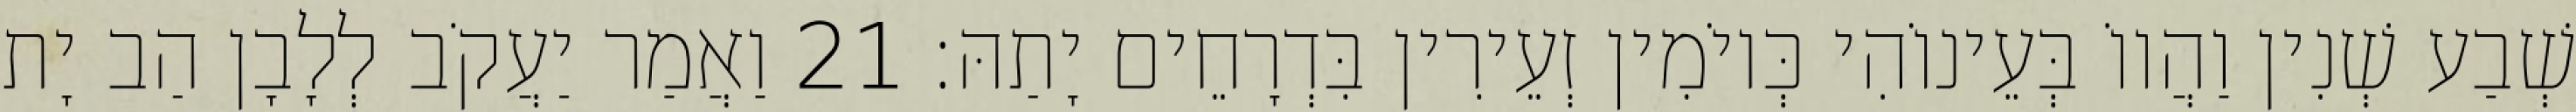
שְׁבַע שְׁנִין וַהֲווֹ בְּעֵינוֹהִי כְּיוֹמִין זְעֵירִין בִּדְרָחֵים יָתַהּ׃ 21 וַאֲמַר יַעֲקֹב לְלָבָן הַב יָת